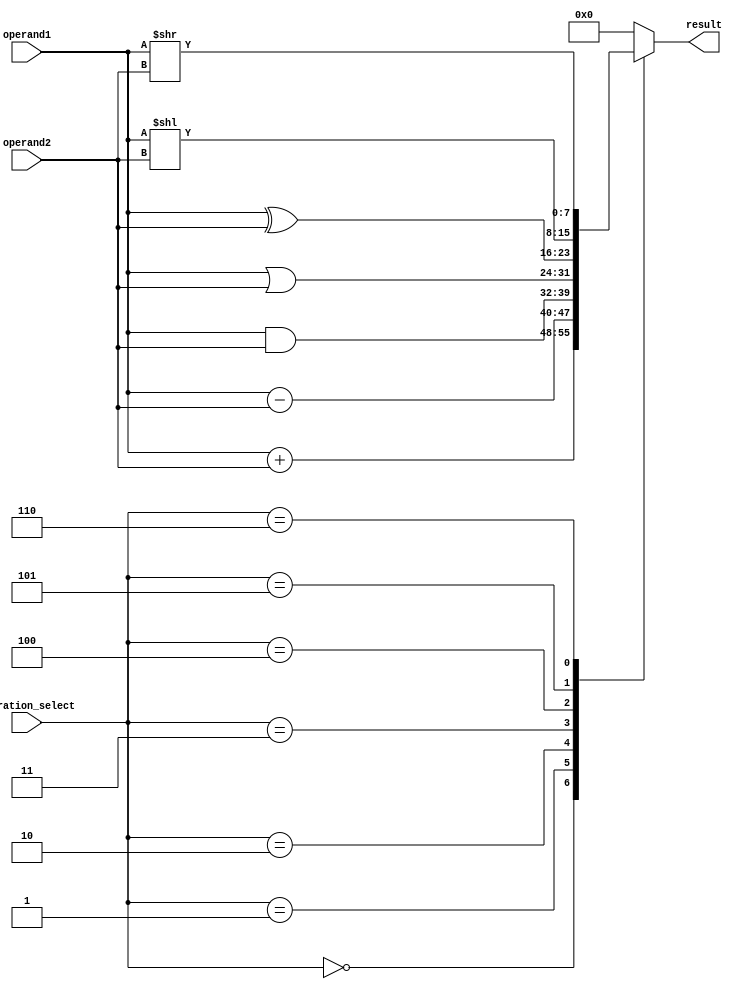
module ALU (
    input [7:0] operand1,
    input [7:0] operand2,
    input [2:0] operation_select,
    output reg [7:0] result
);

always @ (*) begin
    case(operation_select)
        3'b000: result = operand1 + operand2; // Addition
        3'b001: result = operand1 - operand2; // Subtraction
        3'b010: result = operand1 & operand2; // Bitwise AND
        3'b011: result = operand1 | operand2; // Bitwise OR
        3'b100: result = operand1 ^ operand2; // Bitwise XOR
        3'b101: result = operand1 << operand2; // Shift Left
        3'b110: result = operand1 >> operand2; // Shift Right
        default: result = 8'b0; // Default to 0
    endcase
end

endmodule